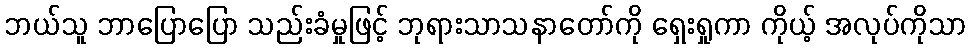
ဘယ်သူ ဘာပြောပြော သည်းခံမှုဖြင့် ဘုရားသာသနာတော်ကို ရှေးရှုကာ ကိုယ့် အလုပ်ကိုသာ